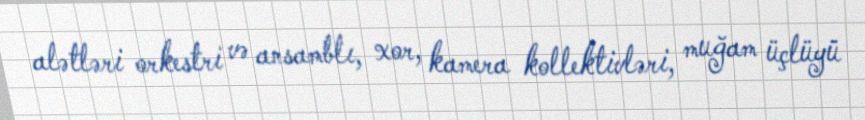
alətləri orkestri və ansamblı, xor, kamera kollektivləri, muğam üçlüyü